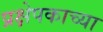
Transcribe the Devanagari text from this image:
प्रक्षेपकाच्या